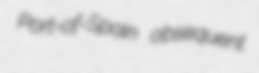
Port-of-Spain obsequent